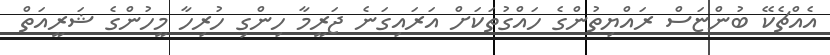
އެއްޗެކޭ ބުންޏަސް ރައްޔިތުންގެ ހައްގުތަކަށް އަރައިގަނެ ޖަރީމާ ހިންގި ހުރިހާ މީހުންގެ ޝަރީއަތް